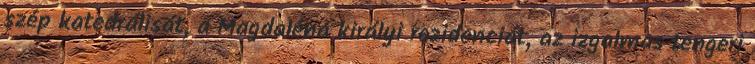
szép katedrálisát, a Magdaléna királyi rezidenciát, az izgalmas tengeri